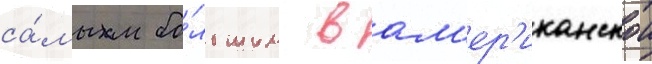
са́мым бо́льшим в ам'ер'иканскои